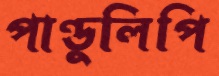
পাণ্ডুলিপি